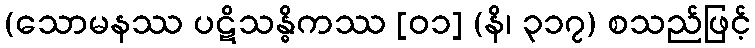
(သောမနဿ ပဋိသန္ဓိကဿ [၀၁] (နိ၊ ၃၁၇) စသည်ဖြင့်